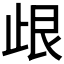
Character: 𣥦